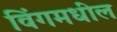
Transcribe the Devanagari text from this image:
विंगमधील